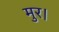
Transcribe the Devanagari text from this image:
मुर।